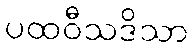
ပထဝီသဒိသာ